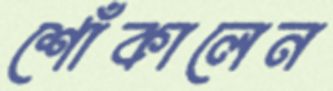
শোঁকালেন